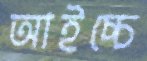
আইচ্চে